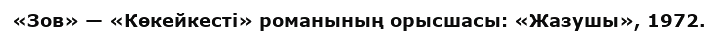
«Зов» — «Көкейкесті» романының орысшасы: «Жазушы», 1972.